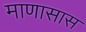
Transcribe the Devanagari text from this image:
माणासास